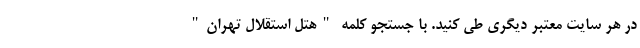
در هر سایت معتبر دیگری طی کنید. با جستجو کلمه "هتل استقلال تهران"